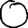
Digit: 0